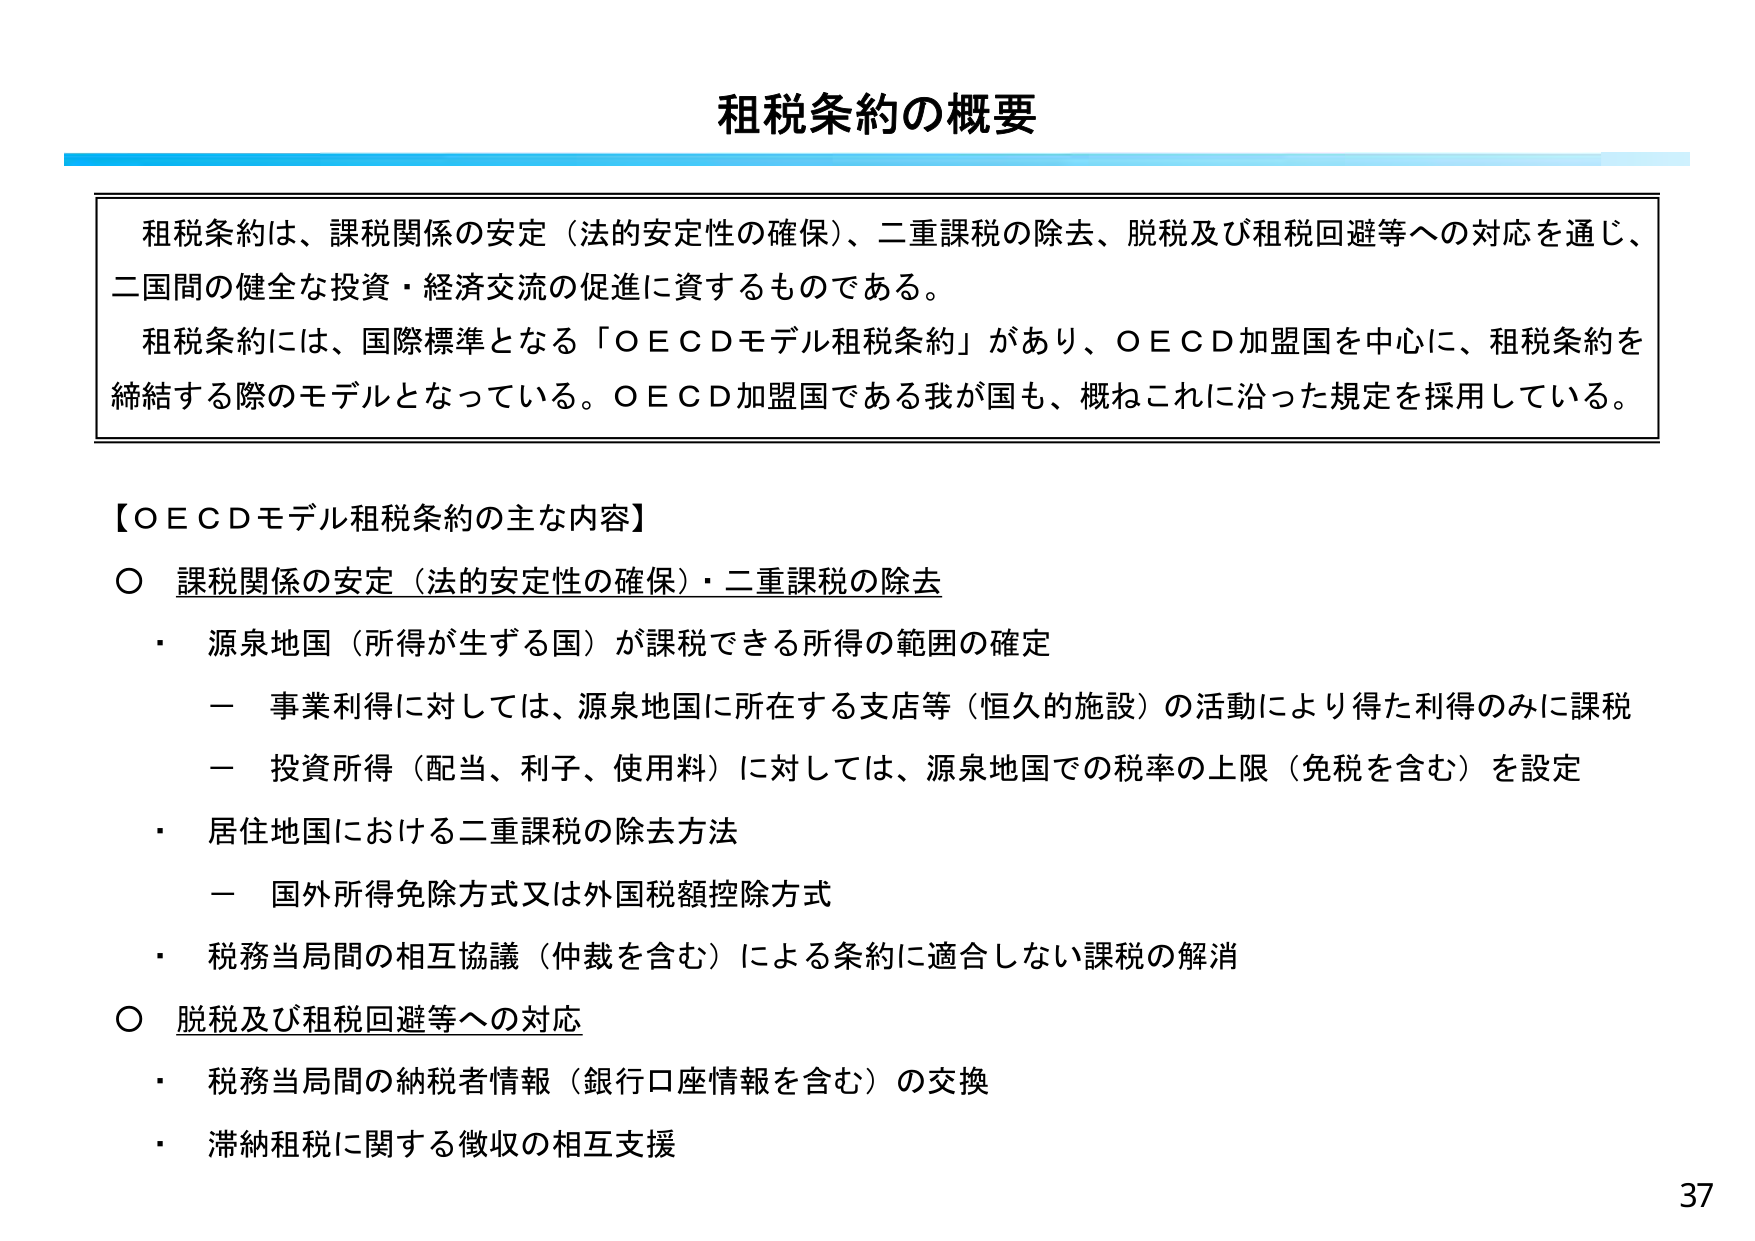
租税条約の概要

租税条約は、課税関係の安定（法的安定性の確保）、二重課税の除去、脱税及び租税回避等への対応を通じ、
二国間の健全な投資・経済交流の促進に資するものである。
租税条約には、国際標準となる「ＯＥＣＤモデル租税条約」があり、ＯＥＣＤ加盟国を中心に、租税条約を
締結する際のモデルとなっている。ＯＥＣＤ加盟国である我が国も、概ねこれに沿った規定を採用している。

【ＯＥＣＤモデル租税条約の主な内容】
○ 課税関係の安定（法的安定性の確保）・二重課税の除去
・ 源泉地国（所得が生ずる国）が課税できる所得の範囲の確定
　－ 事業利得に対しては、源泉地国に所在する支店等（恒久的施設）の活動により得た利得のみに課税
　－ 投資所得（配当、利子、使用料）に対しては、源泉地国での税率の上限（免税を含む）を設定
・ 居住地国における二重課税の除去方法
　－ 国外所得免除方式又は外国税額控除方式
・ 税務当局間の相互協議（仲裁を含む）による条約に適合しない課税の解消
○ 脱税及び租税回避等への対応
・ 税務当局間の納税者情報（銀行口座情報を含む）の交換
・ 滞納租税に関する徴収の相互支援

37